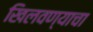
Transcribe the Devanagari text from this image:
खिलवण्याचा